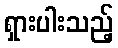
ရှားပါးသည့်